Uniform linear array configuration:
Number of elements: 32
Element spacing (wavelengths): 0.5
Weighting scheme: cosine
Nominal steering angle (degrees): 0
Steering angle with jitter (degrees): -1.561
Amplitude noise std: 0.05
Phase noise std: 0.05

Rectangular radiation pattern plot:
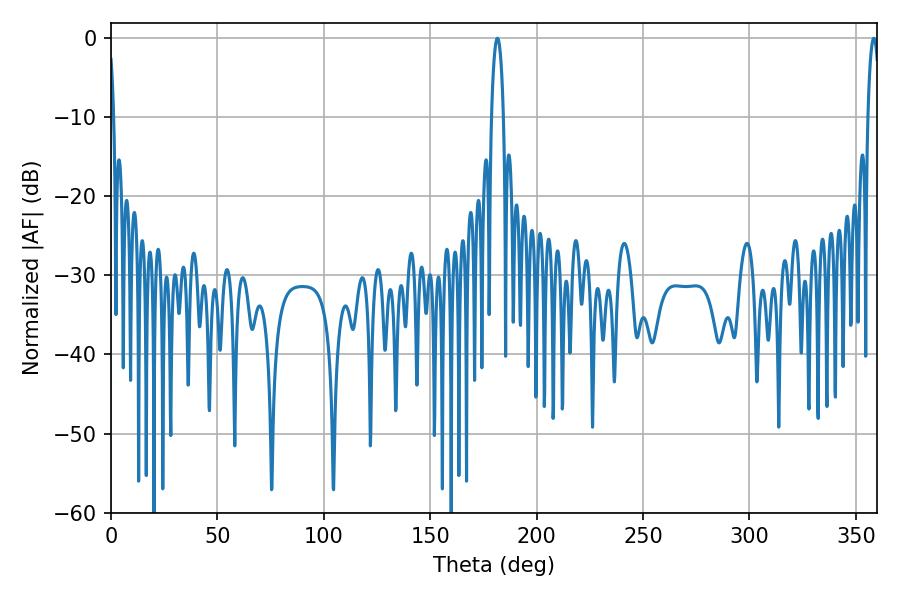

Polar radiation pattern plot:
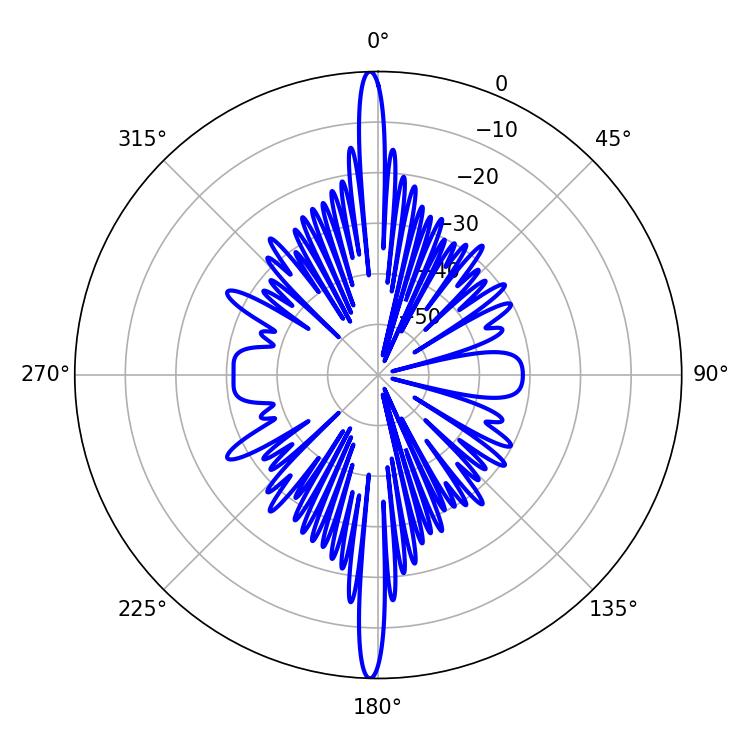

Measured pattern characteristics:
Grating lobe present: FALSE
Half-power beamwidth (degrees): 3.06
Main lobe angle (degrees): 181.62